Civil Veterinary Dept. Bombay admin report 1907-1913 - 1907-1913
Year: 1907
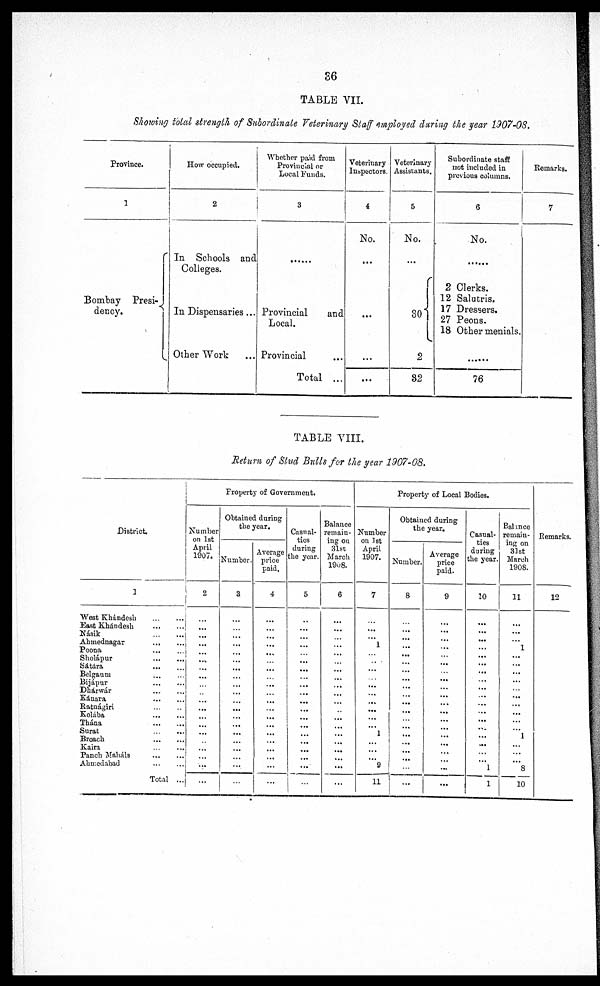
36
TABLE VII.
Showing total strength of Subordinate Veterinary Staff employed during the year 1907-08.
Province.
1
Bombay Presi-
dency.
How occupied.
2
In Schools and
Colleges.
In Dispensaries ...
Other Work
...
Whether paid from
Provincial or
Local Funds.
3
Provincial
and
Local.
Provincial
Total ...
Veterinary
Inspectors.
4
No.
...
...
...
...
Veterinary
Assistants.
5
No.
30
2
82
Subordinate staff
not included in
previous columns.
6
No.
2 Clerks.
12 Salutris.
17 Dressers.
27 Peons.
18 Other menials.
76
Remarks.
7
TABLE VIII.
Return of Stud Bulls for the year 1907-08.
District.
1
West Khándesh
...
...
East Khándesh
...
...
Násik
...
...
Ahmednagar
...
...
Poona
...
...
Sholápur
...
...
Sátára
...
...
Belgaum
...
...
Bijápur
...
...
Dhárwár
...
...
Kánara
...
...
Ratnágiri
...
...
Kolába
...
...
Thána
...
...
Surat
...
...
Broach
...
...
Kaira
...
...
Panch Maháls
...
...
Ahmedabad
...
...
Total ...
Property of Government.
Number
on 1st
April
1907.
2
...
...
...
...
...
...
...
...
...
...
...
...
...
...
...
...
...
...
Obtained during
the year.
Number.
3
...
...
...
...
...
...
...
...
...
...
...
...
...
...
...
...
...
...
...
Average
price
paid.
4
...
...
...
...
...
...
...
...
...
...
...
...
...
...
...
...
...
...
Casual¬
tics
during
the year.
5
...
...
...
...
...
...
...
...
...
...
...
...
...
...
...
...
...
...
...
...
Balance
remain-
ing on
31st
March
1908.
6
...
...
...
...
...
...
...
...
...
...
...
...
...
...
...
...
...
...
Property of Local Bodies.
Number
on 1st
April
1907.
7
...
...
... 1
..
...
...
...
...
...
...
...
... 1
...
...
... 9
11
Obtained during
the year.
Number.
8
...
...
...
...
...
...
...
...
...
...
...
...
...
...
...
...
...
...
...
...
Average
price
paid.
9
...
...
...
...
...
...
...
...
...
...
...
...
...
...
...
...
...
...
...
...
Casual-
ties
during
the year.
10
...
...
...
...
...
...
...
...
...
...
...
...
...
...
...
...
...
... 1
1
Balance
remain-
ing on
31st
March
1908.
11
...
...
...
1
...
...
...
...
...
...
...
...
...
...
1
...
...
...
8
10
Remarks.
12